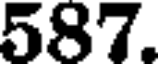
587.